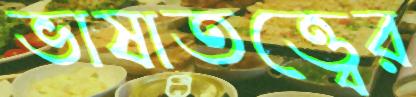
ভাষাতত্ত্বের